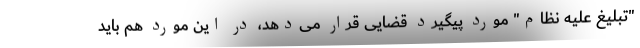
"تبلیغ علیه نظام" مورد پیگیرد قضایی قرار می‌دهد، در این مورد هم باید